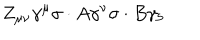
LaTeX: Z _ { \mu \nu } \gamma ^ { \mu } \sigma \cdot A \gamma ^ { \nu } \sigma \cdot B \gamma _ { 5 }